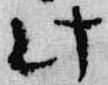
此